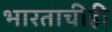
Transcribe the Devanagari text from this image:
भारताचीही